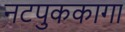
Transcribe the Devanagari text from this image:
नटपुककागा